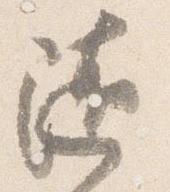
随